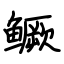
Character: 鳜